Vital statistics of India. Vol. VI, European troops 1870-79
Year: 1870
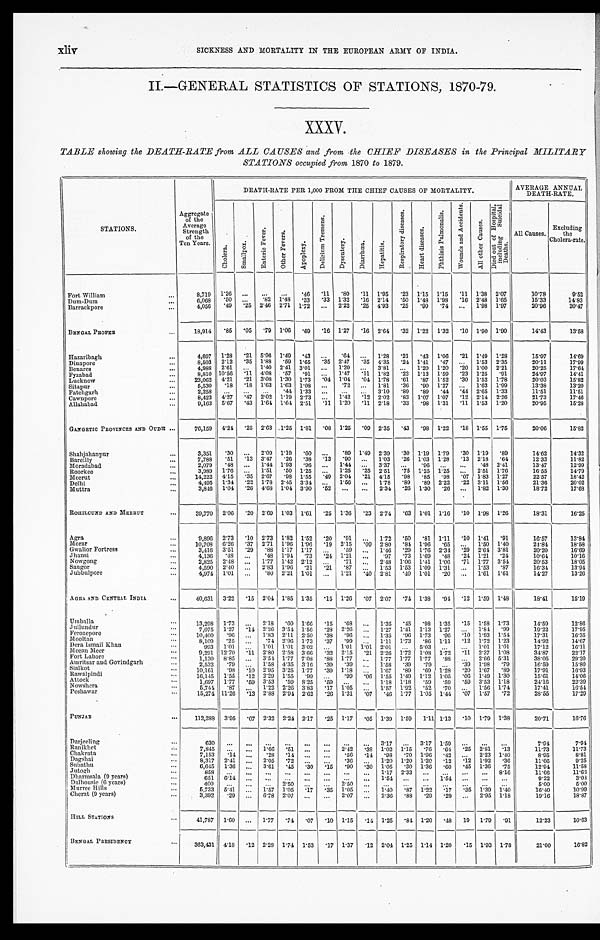
xliv
SICKNESS AND MORTALITY IN THE EUROPEAN ARMY OF INDIA.
II.—GENERAL STATISTICS OF STATIONS, 1870-79.
TABLE showing the DEATH-RATE from ALL CAUSES and from the CHIEF DISEASES in the Principal MILITARY
STATIONS occupied from 1870 to 1879.
STATIONS.
Aggregate
of the
Average
Strength
of the
Ten Years.
DEATH-RATE PER 1,000 FROM THE CHIEF CAUSES OF MORTALITY.
A V E R A G E A N N U A L D E A T H - R A T E .
C h o l e r a .
A m a l l p o x .
E n t e r i c F e v e r .
O t h e r F e v e r .
A p o p l e x y .
D e l i r i u m T r e m e n s .
D y s e n t e r y .
D i a r r h œ a .
H e p a t i t i s .
R e s p i r a t o r y d i s e a s e s .
H e a r t d i s e a s e s .
P h t h i s i s P u l m o n a l i s .
W o u n d s a n d A c c i d e n t s .
A l l o t h e r C a u s e s .
D i e d o u t o f H o s p i t a l i n c l u d i n g S u i c i d a l D e a t h s .
All Causes.
Excluding
the
Cholera-rate.
1.26
. . .
. . .
. . .
.46
.11
.80
. 1 1 1.95
. 23 1.15
1.15
.11
1.38
2.07
10.78
9.52
8,719
Fort William . . .
6,068
.50
. . .
.82 1.48
.33
.33
1.32
. 1 6 2.14
. 50 1.48 1.98 .16 2.48
1.65
15.33
14.83
Dum-Dum . . .
4,056
.49
.25 2.46
2.71 1.72
. . . 2.22
. 2 5 4.93
. 25 .99
.74
...
1.98 1.97
20.96
20.47
Barrackpore . . .
BENGAL PROPER . . .
18,914
.85
.05
.79
1 . 0 6 .69
.16 1.27
. 1 6 2.64
.32
1.22
1.32 .10 1.90 1.90
14.43
13.58
Hazaribagh . . .
4,697
1.28
.21
5.96 1.49
.43
. . .
.64
. . . 1.28
.21
.43
1 . 0 6 .21
1.49
1.28
15.97
14.69
8,503
2.12
.35 1.88
.59 1.65
.35 2.47
. 3 5 4.35
.24
1.41
.47
. . .
1.53
2.35
20.11
17.99
Dinapore . . .
1.40 2.41
3.01
. . .
1.20
. . . 3.81
'
1.20
1.20
2.0 1.00
2.21
20.25
17.64
4,988
2.61
. . .
Benares . . .
14.41
8,810 10.56
.11 4.08
.57
.91
. . .
1.47
. 1 1 1.82
.23
1.13
1.59
.23
1.25
.91
24.97
Fyzabad . . .
15.82
23,062
4.21
.21 3.08 1.30 1.73
.04 1.04
. 0 4 1.78
.61
.87
1.52
.30 1.52
1.78
20.03
Lucknow . . .
5,530
.18
.18 1.03
1.63 1.08
'
.72
'
1.81
.36 .90
1.27
. . .
1.63
1.99
13.38
13.20
Sitapur . . .
11.51
2,258
. . .
. . .
. . . .44 1.33
. . .
. . .
. . . 3.10
.89
.89
.44
.44 2.65
1.33
11.51
Fatehgarh . . .
8,423
4.27
.47
2:02 1.19 2.73
. . .
1.42
. 1 2 2.02
.83
1.07 1.07
.12 2.14 2.26
21.73
17.46
Cawnpore . . .
15.28
9,163
5.67
.43
1.64 1.64 2.51
.11
1.20
. 1 1 2.18
.33
.98
1.31
.11
1.53
1.20
20.95
Allahabad . . .
GANGETIC PROVINCES AND OUDH . . .
76,159
4.24
.25 2.63
1.25
1.81
.08
1.25
.09 2.35
.43
.98
1.22
.18 1.55 1.75
20.06
15.82
Shahjahanpur . . .
3,351
.3
. . . 2.09 1.19
.60
. . .
.89 1.49
2.39
.30 1.19
1.79
. 30 1.19
.89
14.62
14.32
.90
11.82
. . . 1.03
.26 1.03
1.28
. 13 2.18
.64
12.33
7,788
.51
.13 3.47
.26
.38
.13
Bareilly . . .
1.44
. . . 3.37
. . .
.96
. . .
. . .
.48 2.41
13.47
12.99
2,079
.48
. . . 1.44 1.93
.90
. . .
Moradabad . . .
3,989
1.76
. . . 1.51
.50 1.25
. . .
1.25
.25
2.51
.75 1.25 1.25
. . . 2.51
1.76
16.55
14.79
Roorkee . . .
18.42
14,222
4.15
.35
2.67
.98 1.55
.49
2.04
.21 4.15
.98 .85
.98
. 07 1.83 1.27
22.57
Meerut . . .
4,495
1.34
.22 1.78
2.45 3.34
. . .
1.56
. . .
1.78
.89 .89 2.22
. 22 3.11
1.56
21.36
20.02
Delhi . . .
17.68
3,846
1.04
.26 4.68 1.04 3.90
.52
. . .
. . .
2.34
.26 1.30
.26
. . . 1.82 1.30
18.72
Muttra . . .
ROHILCUND AND MEERUT . . .
39,770
2.06
.20
2.69 1.03 1.61
.25
1.36
.23
2.74
.63 1.01
1.19
. 10 1.98
1.26
18.31
16.25
Agra . . .
9,896
2.73
.10 2.73
1.82
1.52
.20
.91
. . . 1.72
.50 .81
1.11
. 10 1.41
.91
16.57
13.84
Morar . . .
10,708
6.26
.37 2.71
1.96 1.96 .19
2.15
.09
2.80
.84 1.96
.65
. . .
1.50 1.40
24.84
18.58
Gwalior Fortress . . .
3,416
3.51
.29 .88
1.17
1.17
. . .
.59
. . .
1.46
.29 1.76 2.31
. 2 9 2.64 3.81
20.20
16.69
Jhansi . . .
4,136
.48
. . .
.48
1.94 .73
.24 1.21
. . .
.97
.73 1.69
.48
. 24 1.21
.24
10.64
10.16
Nowgong . . .
2,825
2.48
. . .
1.17 1.42 2.12
. . .
71
. . . 2.48
1.06
1.41
1.06
71 1.77
3.54
20.53
18.05
Saugor . . .
4,590
2.40
. . .
2.83
1.96
.21
.21
.87
. . .
1.53
1.53
1.09
1.31
. . .
1.53
.87
16.34
13.94
Jubbulpore . . .
4,974
1.01
. . .
.80 2.21
1.01
. . .
1.21
.40
2.81
.40
1.01
.20
. . .
1.61
1.61
14.27
13.26
AGRA AND CENTRAL INDIA . . .
40,631
3.22
.15 2.04 1.85 1.35
.15
1.26 .07 2.07
.74 1.38
.91
. 12 1.59
1.48
18.41
15.10
Umballa . . .
13,298
1.73
. . .
2.18
.60 1.66
.15
.68
. . .
1.35
.45
.98
1.35
.15
1.58 1.73
14.59
12.86
Jullundur . . .
2.26
. . .
1.27
1.41
1.13
1.27
. . . 1.84 .99
19.22
17.95
7,075
1.27
.14
2 . 2 6 3.54 1.56
.28
Ferozepore . . .
16.35
10,400
.96
. . .
1.83 2.11
2.50
.38 .96
. . . 1.35
.96
1.73
.96
.10 1.93
1.54
17.31
Moulton
...
8,109
.25
. . .
.74 2.96 1.73
.37
.99
. . . 1.11
1.73
.86
1.11
.12 1.72
1.23
14.92
14.67
Dera Ismail Khan . . .
16.11
993
1.01
. . . 1.01
1.01
3.02
. . .
1.01
1.01
2.01
. . .
5.03
. . .
. . .
1.01
1.01
17.12
Meeeu Meer . . .
9,291 12.70
. 11 2.80 2.58 3.66
.32 2.15
.21 2.26 1.72
1.08
1.72
.11 2.37
1 . 0 8
34.87
22.17
Fort Lahore . . .
1,130
8.85
. . .
3.54 1.77 7.08
.88
1.77
. . . 1.77
1.17 1.77
.88
. . . 2.66 5.31
38.05
29.20
Amritsar and Govindgarh . . .
2,532
.79
. . .
1.58 4.35 3.16
.39
.39
. . . 1.58
.39
.79
. . .
.39
1.98
.79
16.59
15.80
Sialkot . . .
16.93
10,161
.98
. 10 2.95 3.25
1.77
.39 1.18
. . . 1.67
.89 .69
1.28
.20 1.67
.89
17.91
Rawalpindi . . .
16,145
1.55
.12 2.29
1.55
.99
. . .
.99
.06
1.55 1.49
1.12
1.05
.06
1.49
1.30
15.61
14.06
Attock . . .
22.39
1,697
1.77
.59 3.53
.59 8.25
.59
. . .
. . . 1.18
1.18
.59
.59
.59 3.53 1.18
24.16
Nowshera
5,744
.87
. . .
1.22 2.26 3.83
.17
1.05
. . . 1.57 1.92
.52
.70
. . .
1.56 1.74
17.41
16.54
Peshawar . . .
15,274 11.26
. 13 2.88 2.94 2.62
.26 1.31
.07
.46 1.77
1.05 1.44
.07
1.57
.72
28.55
17.29
PUNJAB . . .
112,288
3.95
.07 2.32 2.24 2.17
.25
1.17
.05 1.39
1.59
1.11 1.13
.10
1.79 1.38
20.71
16.76
Darjeeling . . .
630
. . .
. . .
. . .
. . .
. . .
. . .
. . .
. . . 3.17
. . . 3.17 1.59
. . .
. . .
. . .
7.94
7.94
Ranikhet . . .
7,845
. . .
. . . 1.66
. 5 1 . . .
. . .
2.42
. 38 1.02
1.15
.76
.64
. 2 5 2.81
.13
11.73
11.73
Chakrata . . .
7,153
.14
. . .
.28
.14
. . .
. . .
.56
. 14 .98 .70 1.96
.42
. . .
2.23 1.40
8.95
8.81
Dagshai . . .
8,317
2.41
. . . 2.05
.72
. . .
. . .
.36
. . .
1.20
1.20 1.20
.12
. 12 1.92
.36
11.66
9.25
11.58
Subathu . . .
6,645
1.36
. . . 3.61
.45
.30
.15
.90
.30 1.05
.30 1.36
.60
. 45 1.36
.75
12.94
Jutogh . . .
858
. . .
. . .
. . .
. . .
. . .
. . .
. . .
. . .
1.17
2.33
. . .
. . . . . . . . .
8.16
11.66
11.63
Dharmsala (9 years) . . .
3.03
651
6.14
. . .
. . .
. . .
. . .
. . .
. . .
. . .
1 . 5 4
. . .
. . .
1 . 5 4 . . . . . .
. . .
9.22
Dalhousie (6 years) . . .
400
. . .
. . .
. . . 2.50 . . .
. . .
2 . 5 0 . . .
. . .
. . .
. . .
. . . . . . . . .
. . .
5.00
5.00
Murree Hills . . .
5,733
5.41
. . . 1.57
1.05
.17
.35
1.05
. . .
1.40
.87
1.22 .17
. 35 1.39 140
16.40
10.99
Cherat (9 years) . . .
3,392
.29
. . . 6.78 2.07 . . .
. . .
2.07
. . .
2.36 .88 .29
.29
. . .
2.95 1.18
19.16
18.87
HILL STATIONS . . .
41,787
1.60
. . . 1.77
.74
.07
.10
1.15
.14 1.25
.84 1.20
. 4 8
19
1.79
.91
12.23
10.63
BENGAL PRESIDENCY . . .
363,431
4.18
.12 2.28
1.74
1.53
.17 1.37
. 12 2.04 1.25 1.14 1.20
. 15 1.93
1.78
21.00
16.82